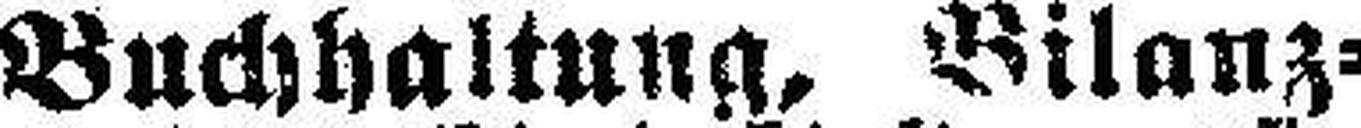
Buchhaltung, Bilanz¬